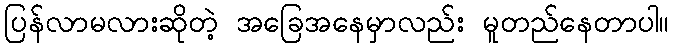
ပြန်လာမလားဆိုတဲ့ အခြေအနေမှာလည်း မူတည်နေတာပါ။